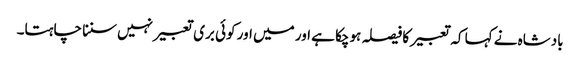
بادشاہ نے کہا کہ تعبیر کا فیصلہ ہوچکا ہے اور میں اور کوئی بری تعبیر نہیں سننا چاہتا۔